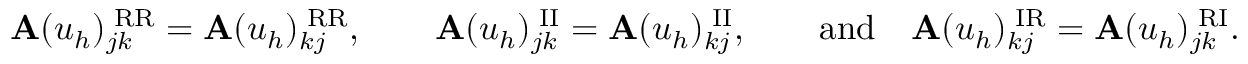
\begin{array} { r } { \mathbf { A } ( u _ { h } ) _ { j k } ^ { \mathrm { \tiny \mathrm { ~ R R } } } = \mathbf { A } ( u _ { h } ) _ { k j } ^ { \mathrm { \tiny \mathrm { ~ R R } } } , \qquad \mathbf { A } ( u _ { h } ) _ { j k } ^ { \mathrm { \tiny \mathrm { ~ I I } } } = \mathbf { A } ( u _ { h } ) _ { k j } ^ { \mathrm { \tiny \mathrm { ~ I I } } } , \qquad \mathrm { a n d } \quad \mathbf { A } ( u _ { h } ) _ { k j } ^ { \mathrm { \tiny \mathrm { ~ I R } } } = \mathbf { A } ( u _ { h } ) _ { j k } ^ { \mathrm { \tiny \mathrm { ~ R I } } } . } \end{array}